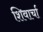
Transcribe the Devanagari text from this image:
शिवार्चा